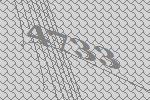
4733